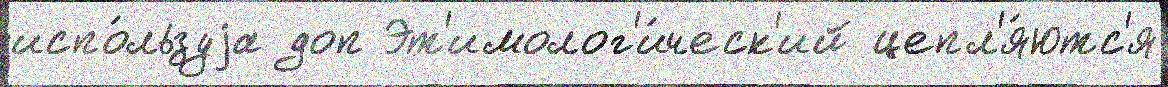
испо́льзуjа доп Эт'имолог'и́ческ'ий цепл'я́ютс'я